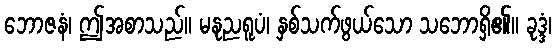
ဘောဇနံ၊ ဤအစာသည်။ မနုညရူပံ၊ နှစ်သက်ဖွယ်သော သဘောရှိ၏။ ခုဒ္ဒံ၊